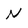
Character: n